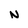
Character: N